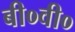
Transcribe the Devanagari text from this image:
बी०वी०